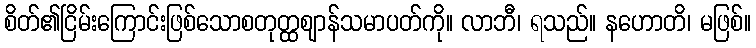
စိတ်၏ငြိမ်းကြောင်းဖြစ်သောစတုတ္ထဈာန်သမာပတ်ကို။ လာဘီ၊ ရသည်။ နဟောတိ၊ မဖြစ်။